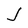
Character: J